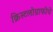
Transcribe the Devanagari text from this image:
क्रिस्टलोग्राफीचे